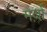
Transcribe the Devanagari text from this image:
मर्ज़ों